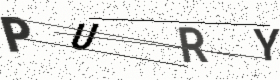
Text: PURY